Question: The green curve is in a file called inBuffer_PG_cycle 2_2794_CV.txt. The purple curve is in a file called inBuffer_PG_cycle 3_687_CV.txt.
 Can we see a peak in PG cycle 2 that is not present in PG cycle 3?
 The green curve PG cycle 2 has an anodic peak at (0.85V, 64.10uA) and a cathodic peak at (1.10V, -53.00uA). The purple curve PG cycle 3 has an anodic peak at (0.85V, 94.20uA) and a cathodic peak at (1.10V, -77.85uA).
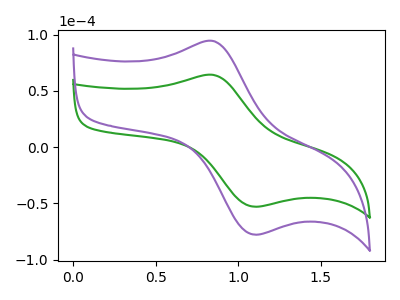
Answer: <think>All the peaks in "PG cycle 2" have a peak in "PG cycle 3" at the same potential. Every peak in "PG cycle 2" is lower than every peak in "PG cycle 3".
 </think>
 <answer>No, "PG cycle 2" and "PG cycle 3" don't appear to be significantly different in shape</answer>
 <eval>no_change</eval>